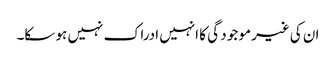
ان کی غیرمو جو د گی کا انہیں ادراک نہیں ہو سکا۔